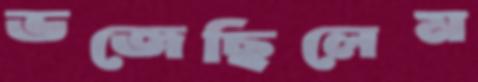
ভজেছিলেম